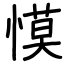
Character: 慔